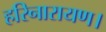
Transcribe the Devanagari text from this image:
हरिनारायण।